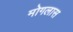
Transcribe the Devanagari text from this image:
मोगलास